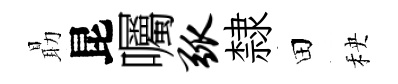
朂昆囑弧隸田秧